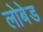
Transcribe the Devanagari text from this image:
लोबेड